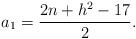
LaTeX: \begin{align*}a_1=\frac{2n+h^2-17}{2}.\end{align*}